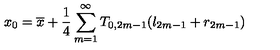
x _ { 0 } = \overline { { x } } + \frac { 1 } { 4 } \sum _ { m = 1 } ^ { \infty } T _ { 0 , 2 m - 1 } ( l _ { 2 m - 1 } + r _ { 2 m - 1 } )